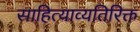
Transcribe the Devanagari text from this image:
साहित्याव्यतिरिक्त